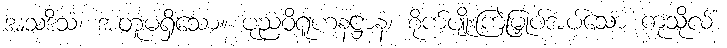
အသဒိသံ၊ အတူမရှိသော။ ပုညဝိရူဟနဋ္ဌာနံ၊ စိုက်ပျိုးကြဲမြှုပ်အပ်သော ကုသိုလ်